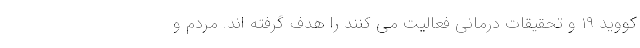
کووید ۱۹ و تحقیقات درمانی فعالیت می کنند را هدف گرفته اند. مردم و